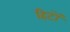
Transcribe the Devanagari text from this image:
हिटों